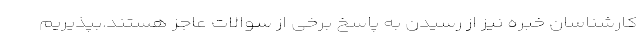
کارشناسان خبره نیز از رسیدن به پاسخ برخی از سوالات عاجز هستند.بپذیریم